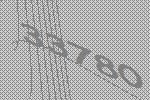
33780